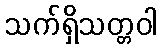
သက်ရှိသတ္တဝါ